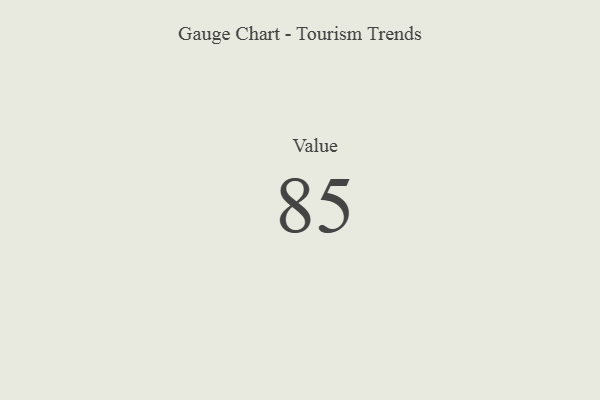
{"axis": {"x": "Metric", "y": "Value"}, "legend": [""], "data": [{"x": "Value", "y": 85, "type": ""}]}